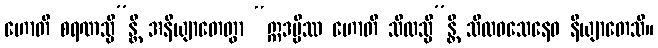
ဟောတိ စရဏသ္မိ”န္တိ အနိယျာတေတွာ “ဣဒမ္ပိဿ ဟောတိ သီလသ္မိ”န္တိ သီလဝသေနေဝ နိယျာတေသိ။